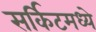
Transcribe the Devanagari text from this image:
सर्किटमध्ये